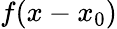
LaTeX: f(x-x_{0})